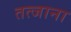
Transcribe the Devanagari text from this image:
तत्जाना